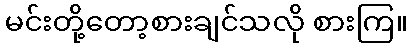
မင်းတို့တော့စားချင်သလို စားကြ။